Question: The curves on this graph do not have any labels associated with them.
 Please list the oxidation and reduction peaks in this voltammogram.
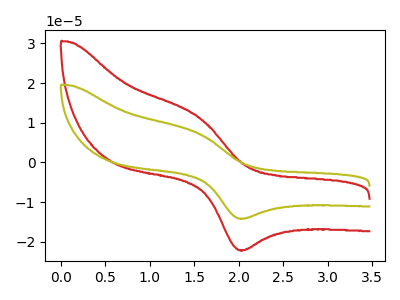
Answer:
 <answer>The red curve "red" has an anodic peak at (1.55V, 11.45uA) and a cathodic peak at (2.00V, -22.05uA). The olive curve "olive" has an anodic peak at (1.55V, 7.35uA) and a cathodic peak at (2.00V, -14.10uA).</answer>
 <eval></eval>